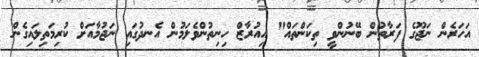
އަހަރެން ނަޖޫގެ ފަރާތުން ބޭނުންވީ ތިކަންތައް" އިއުރާޒް ހިނިތުންވެލަމުން އެނދުގައި ނަޖުމާއަށް ކުރިމަތިލައިގެން